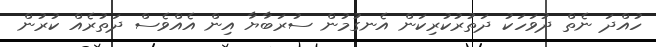
ހުއްދަ ނެތް ދުވަހަކު ދަތުރުކުރިކަން އެނގުމުން ސުރަބާޔާ އިން އެއްވެސް ދަތުރެއް ކުރުން